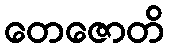
တေဇောတိ